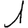
Digit: 1